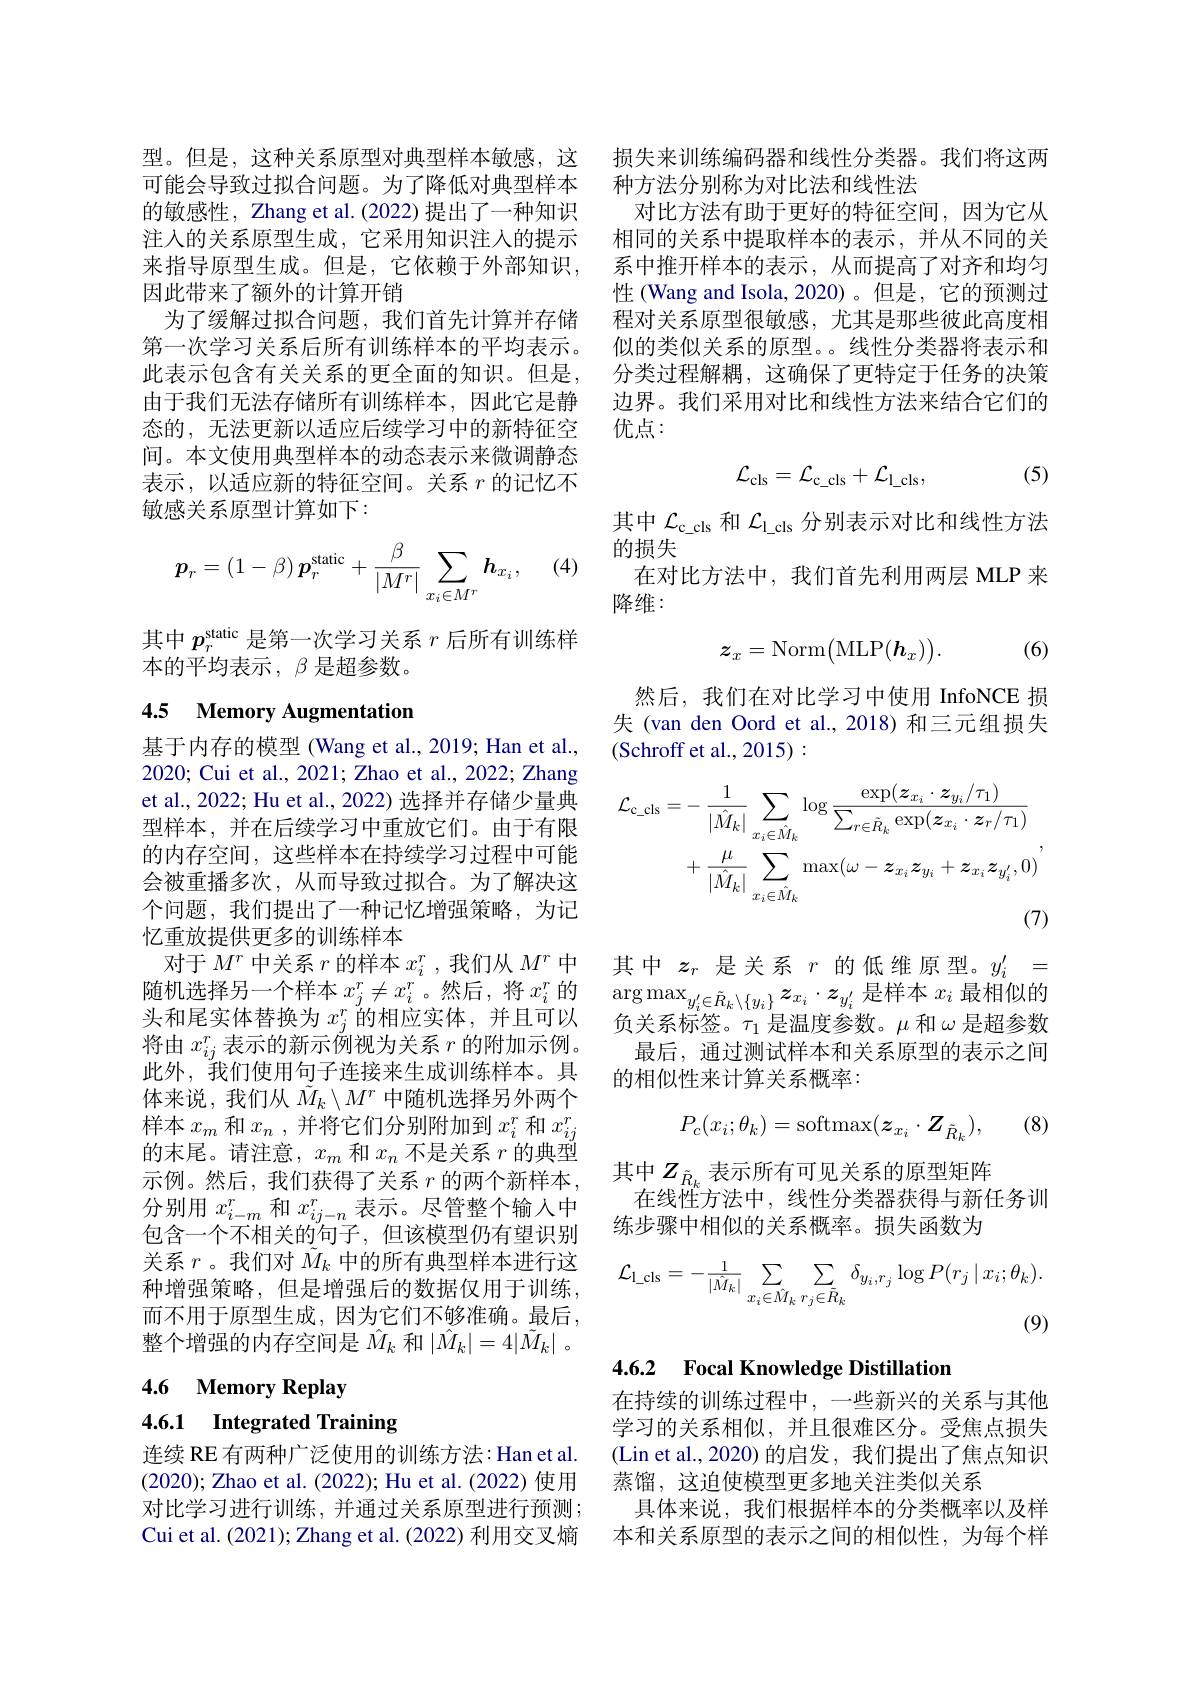
型。但是，这种关系原型对典型样本敏感，这可能会导致过拟合问题。为了降低对典型样本的敏感性，Zhang et al.(2022) 提出了一种知识注入的关系原型生成，它采用知识注人的提示来指导原型生成。但是，它依赖于外部知识， 因此带来了额外的计算开销
为了缓解过拟合问题，我们首先计算并存储第一次学习关系后所有训练样本的平均表示。此表示包含有关关系的更全面的知识。但是， 由于我们无法存储所有训练样本，因此它是静态的，无法更新以适应后续学习中的新特征空间。本文使用典型样本的动态表示来微调静态表示，以适应新的特征空间。关系$r$的记忆不敏感关系原型计算如下：

(4)
$$\boldsymbol{p}_r=\left(1-\beta\right)\boldsymbol{p}_r^\text{static}+\frac{\beta}{\left|M^r\right|}\sum_{x_i\in M^r}\boldsymbol{h}_{x_i},$$
其中$p_r^\mathrm{static}$是第一次学习关系$r$后所有训练样
本的平均表示，$\beta$是超参数。

## 4.5 Memory Augmentation

基于内存的模型 (Wang et al., 2019; Han et al., 2020; Cui et al., 2021; Zhao et al., 2022; Zhang et al., 2022; Hu et al., 2022) 选择并存储少量典型样本，并在后续学习中重放它们。由于有限的内存空间，这些样本在持续学习过程中可能会被重播多次，从而导致过拟合。为了解决这个问题，我们提出了一种记忆增强策略，为记忆重放提供更多的训练样本
对于$M^r$中关系$r$的样本$x_i^r$ ,我们从$M^r$中头和尾实体替换为$x_i^r$的相应实体，并且可以将由$x_ij^r$表示的新示例视为关系$r$的附加示例。此外，我们使用句子连接来生成训练样本。具体来说，我们从$\tilde{M}_k\setminus M^r$中随机选择另外两个样本$x_m$和$x_n$,并将它们分别附加到$x_i^r$和$x_ij^r$ 的末尾。请注意，$x_m$和$x_n$不是关系$r$的典型示例。然后，我们获得了关系 $r$ 的两个新样本， 分别用$x_{i-m}^r$和$x_{ij-n}^r$表示。尽管整个输入中包含一个不相关的句子，但该模型仍有望识别关系$r$ 。我们对$\tilde{M}_k$中的所有典型样本进行这种增强策略，但是增强后的数据仅用于训练， 而不用于原型生成，因为它们不够准确。最后， 整个增强的内存空间是$\hat{M}_k$和$|\hat{M}_k|=4|\tilde{M}_k|$ 。

4.6 Memory Replay

4.6.1 Integrated Training

连续 RE 有两种广泛使用的训练方法：Han et al. (2020); Zhao et al. (2022); Hu et al. (2022) 使用对比学习进行训练，并通过关系原型进行预测； Cui et al. (2021); Zhang et al. (2022) 利用交叉熵

损失来训练编码器和线性分类器。我们将这两
种方法分别称为对比法和线性法
对比方法有助于更好的特征空间，因为它从相同的关系中提取样本的表示，并从不同的关系中推开样本的表示，从而提高了对齐和均匀性 (Wang and Isola, 2020)。但是，它的预测过程对关系原型很敏感，尤其是那些彼此高度相似的类似关系的原型。。线性分类器将表示和分类过程解耦，这确保了更特定于任务的决策边界。我们采用对比和线性方法来结合它们的优点：

(5)
$$\mathcal{L}_{\mathrm{cls}}=\mathcal{L}_{\mathrm{c_cls}}+\mathcal{L}_{\mathrm{l_cls}},$$
其中$\mathcal{L}_\mathrm{c\_cls}$和$\mathcal{L}_\mathrm{l\_cls}$分别表示对比和线性方法
的损失
在对比方法中，我们首先利用两层 MLP 来
降维：

(6)
$$\boldsymbol{z}_x=\mathrm{Norm}\big(\mathrm{MLP}(\boldsymbol{h}_x)\big).$$
然后，我们在对比学习中使用 InfoNCE 损失(van den Oord et al.,2018)和三元组损失(Schroff et al., 2015):
$$\begin{aligned}\mathcal{L}_{\mathrm{c_cls}}&=-\:\frac{1}{|\hat{M}_{k}|}\sum_{x_{i}\in\hat{M}_{k}}\log\frac{\exp(\boldsymbol{z}_{x_{i}}\cdot\boldsymbol{z}_{y_{i}}/\tau_{1})}{\sum_{r\in\tilde{R}_{k}}\exp(\boldsymbol{z}_{x_{i}}\cdot\boldsymbol{z}_{r}/\tau_{1})}\\&+\frac{\mu}{|\hat{M}_{k}|}\sum_{x_{i}\in\hat{M}_{k}}\max(\omega-\boldsymbol{z}_{x_{i}}\boldsymbol{z}_{y_{i}}+\boldsymbol{z}_{x_{i}}\boldsymbol{z}_{y_{i}^{\prime}},0)\\&\text{(7)}\end{aligned}$$
其中$z_r$是关系$r$的低维原型。$y_i^\prime=$
随机选择另一个样本 $x_j^r\neq x_i^r$。然后，将 $x_i^r$ 的$\arg\max_y_i^{\prime}\in\tilde{R}_k\setminus\{y_i\}\boldsymbol{z}_{x_i}\cdot\boldsymbol{z}_{y_i^{\prime}}$ 是样本 $x_i$ 最相似的头和尾实体替换为 $x_i^r$的相应实体。并目可以 名关多坛签 目泪市会数 印 目扭会数
负关系标签。$\tau_1$是温度参数。$\mu$和$\omega$是超参数最后，通过测试样本和关系原型的表示之间的相似性来计算关系概率：
$$P_c(x_i;\theta_k)=\mathrm{softmax}(\boldsymbol{z}_{x_i}\cdot\boldsymbol{Z}_{\tilde{R}_k}),$$
(8)

其中$Z_{\tilde{R}_k}$ 表示所有可见关系的原型矩阵
在线性方法中，线性分类器获得与新任务训
练步骤中相似的关系概率。损失函数为
$$\mathcal{L}_{1_\mathrm{cls}}=-\frac{1}{|\hat{M}_{k}|}\sum_{x_{i}\in\hat{M}_{k}}\sum_{r_{j}\in\bar{R}_{k}}\delta_{y_{i},r_{j}}\log P(r_{j}\:|\:x_{i};\theta_{k}).$$
(9)

4.6.2 Focal Knowledge Distillation

在持续的训练过程中，一些新兴的关系与其他学习的关系相似，并且很难区分。受焦点损失(Lin et al.,2020)的启发，我们提出了焦点知识蒸馏，这迫使模型更多地关注类似关系
具体来说，我们根据样本的分类概率以及样本和关系原型的表示之间的相似性，为每个样